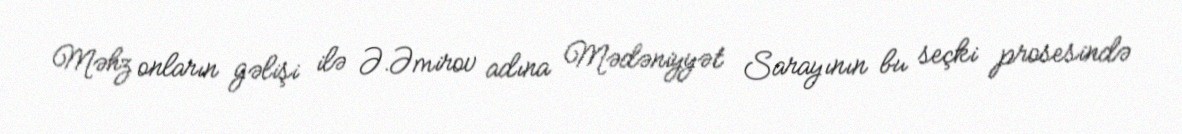
Məhz onların gəlişi ilə Ə.Əmirov adına Mədəniyyət Sarayının bu seçki prosesində